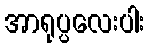
အာရုပ္ပလေးပါး